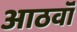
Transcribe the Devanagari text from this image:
आठवॉं